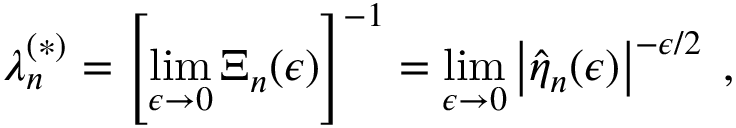
\lambda _ { n } ^ { ( \ast ) } = \left[ \operatorname * { l i m } _ { \epsilon \rightarrow 0 } \Xi _ { n } ( \epsilon ) \right] ^ { - 1 } = \operatorname * { l i m } _ { \epsilon \rightarrow 0 } \left| \widehat { \eta } _ { n } ( \epsilon ) \right| ^ { - \epsilon / 2 } \; ,